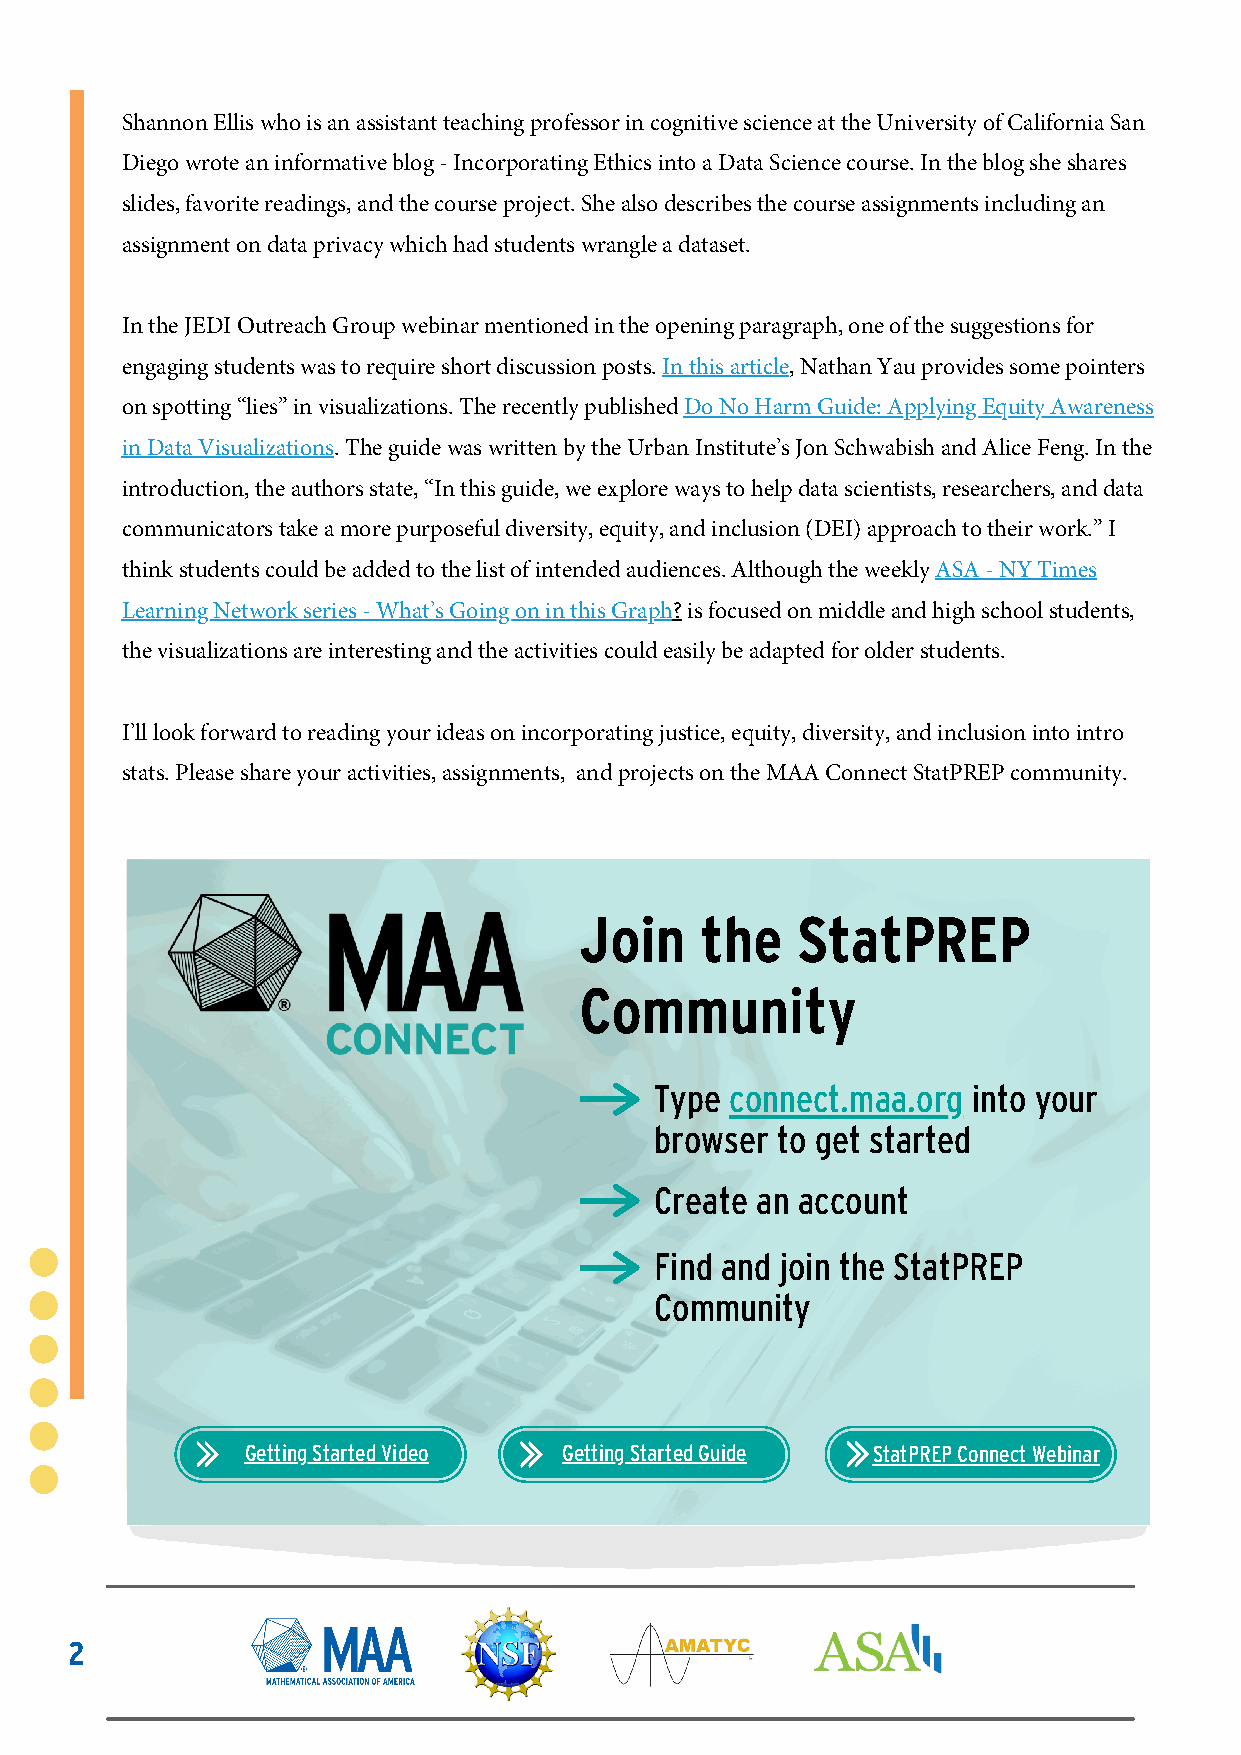
Shannon Ellis who is an assistant teaching professor in cognitive science at the University of California San
 Diego wrote an informative blog - Incorporating Ethics into a Data Science course. In the blog she shares
 slides, favorite readings, and the course project. She also describes the course assignments including an
 assignment on data privacy which had students wrangle a dataset.
 In the JEDI Outreach Group webinar mentioned in the opening paragraph, one of the suggestions for
 engaging students was to require short discussion posts. In this article, Nathan Yau provides some pointers
 on spotting “lies” in visualizations. The recently published Do No Harm Guide: Applying Equity Awareness
 in Data Visualizations. The guide was written by the Urban Institute’s Jon Schwabish and Alice Feng. In the
 introduction, the authors state, “In this guide, we explore ways to help data scientists, researchers, and data
 communicators take a more purposeful diversity, equity, and inclusion (DEI) approach to their work.” I
 think students could be added to the list of intended audiences. Although the weekly ASA - NY Times
 Learning Network series - What’s Going on in this Graph? is focused on middle and high school students,
 the visualizations are interesting and the activities could easily be adapted for older students.
 I’ll look forward to reading your ideas on incorporating justice, equity, diversity, and inclusion into intro
 stats. Please share your activities, assignments, and projects on the MAA Connect StatPREP community.
 Join    the    StatPREP
 Community
 Type connect.maa.org into your
 browser to get started
 Create an account
 Find and join the StatPREP
 Community
 Getting Started Video Getting Started Guide StatPREP Connect Webinar
 2